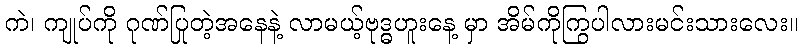
ကဲ၊ ကျုပ်ကို ဂုဏ်ပြုတဲ့အနေနဲ့ လာမယ့်ဗုဒ္ဓဟူးနေ့ မှာ အိမ်ကိုကြွပါလားမင်းသားလေး။